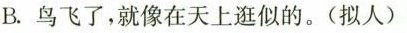
B.鸟飞了，就像在天上逛似的。(拟人)